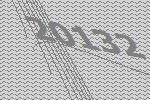
20132